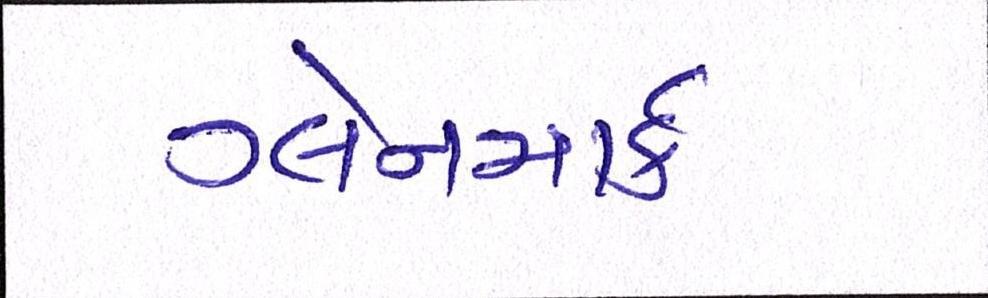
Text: ગ્લેનમાર્ક